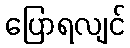
ပြောရလျင်